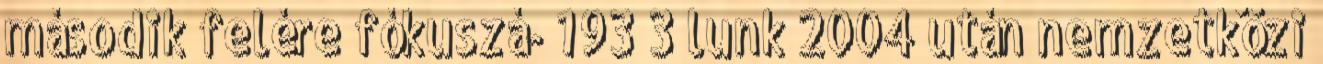
második felére fókuszá- 193 3 lunk 2004 után nemzetközi